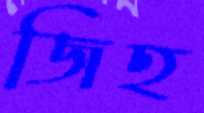
জিহ